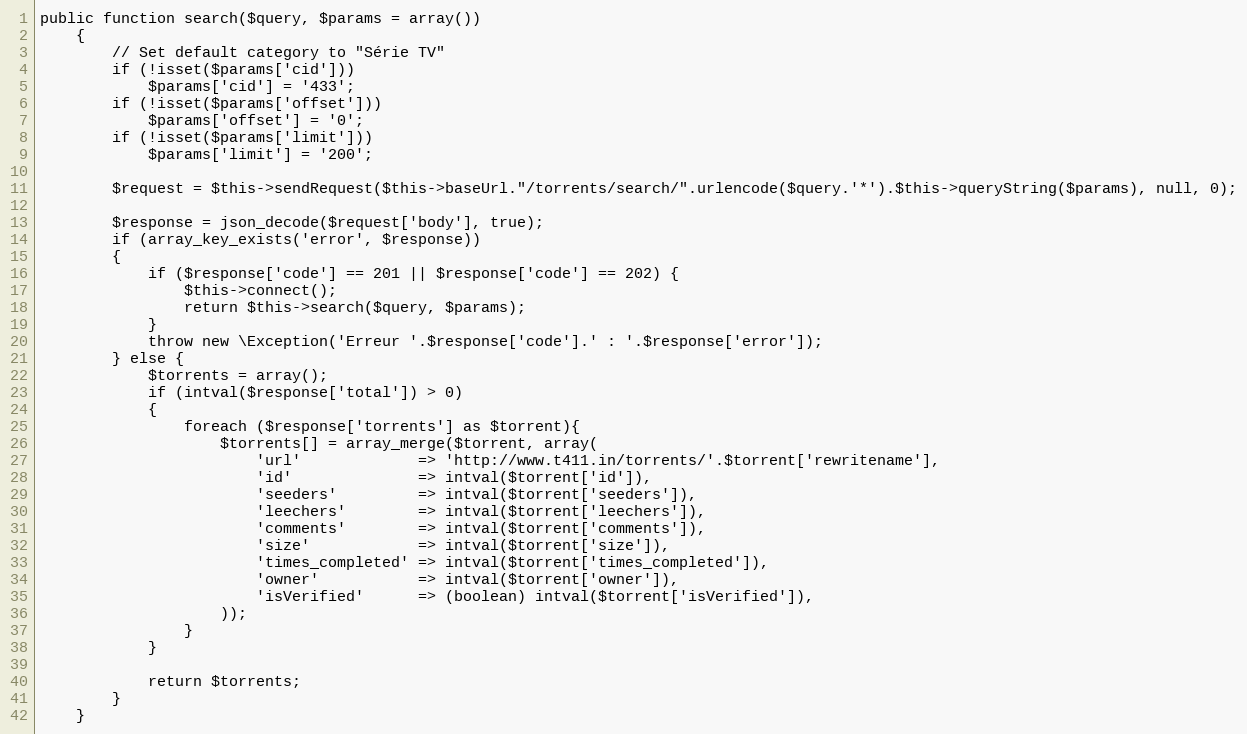
Language: PHP
public function search($query, $params = array())
	{
		// Set default category to "Série TV"
		if (!isset($params['cid']))
			$params['cid'] = '433';
		if (!isset($params['offset']))
			$params['offset'] = '0';
		if (!isset($params['limit']))
			$params['limit'] = '200';

		$request = $this->sendRequest($this->baseUrl."/torrents/search/".urlencode($query.'*').$this->queryString($params), null, 0);

		$response = json_decode($request['body'], true);
		if (array_key_exists('error', $response))
		{
			if ($response['code'] == 201 || $response['code'] == 202) {
				$this->connect();
				return $this->search($query, $params);
			}
			throw new \Exception('Erreur '.$response['code'].' : '.$response['error']);
		} else {
			$torrents = array();
			if (intval($response['total']) > 0)
			{
				foreach ($response['torrents'] as $torrent){
					$torrents[] = array_merge($torrent, array(
						'url'             => 'http://www.t411.in/torrents/'.$torrent['rewritename'],
						'id'              => intval($torrent['id']),
						'seeders'         => intval($torrent['seeders']),
						'leechers'        => intval($torrent['leechers']),
						'comments'        => intval($torrent['comments']),
						'size'            => intval($torrent['size']),
						'times_completed' => intval($torrent['times_completed']),
						'owner'           => intval($torrent['owner']),
						'isVerified'      => (boolean) intval($torrent['isVerified']),
					));
				}
			}

			return $torrents;
		}
	}